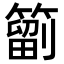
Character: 𥳩